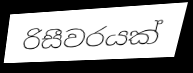
රිසීවරයක්